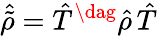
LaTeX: {\hat{\tilde{\rho}}}={\hat{T}}^{\dag}{\hat{\rho}}\, {\hat{T}}